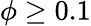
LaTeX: \phi\ge 0.1